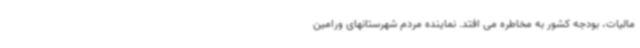
مالیات، بودجه کشور به مخاطره می افتد. نماینده مردم شهرستانهای ورامین